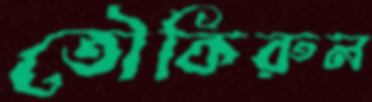
তৌকিরুল